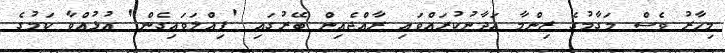
މިހާރު ވެސް މަގާމުގެ ޒިންމާ އަދާނުކުރައްވައި ރާއްޖެއިން ބޭރުގައި 'ފިއްލަވައިގެން' އުޅުއްވާ ކަމުގެ